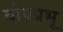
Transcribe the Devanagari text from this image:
योगप्रभू